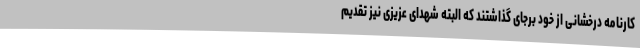
کارنامه درخشانی از خود برجای گذاشتند که البته شهدای عزیزی نیز تقدیم